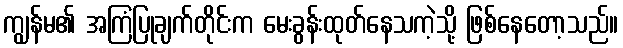
ကျွန်မ၏ အကြံပြုချက်တိုင်းက မေးခွန်းထုတ်နေသကဲ့သို့ ဖြစ်နေတော့သည်။